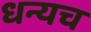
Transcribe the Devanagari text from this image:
धन्यच